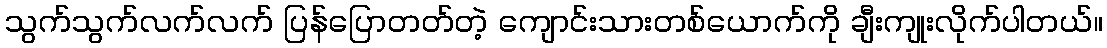
သွက်သွက်လက်လက် ပြန်ပြောတတ်တဲ့ ကျောင်းသားတစ်ယောက်ကို ချီးကျုးလိုက်ပါတယ်။